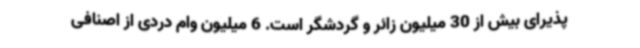
پذیرای بیش از 30 میلیون زائر و گردشگر است. 6 میلیون وام دردی از اصنافی